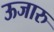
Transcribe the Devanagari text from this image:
ऊजारु